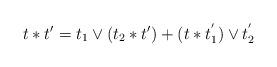
LaTeX: \begin{align*} t\ast t'=t_1\vee (t_2\ast t')+(t \ast t_1^{'})\vee t_2^{'}\end{align*}